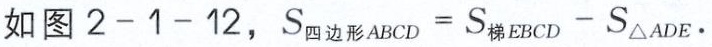
如图 \(2 - 1 - 12\)，\(S_{四边形ABCD}=S_{梯EBCD}-S_{\triangle ADE}\)